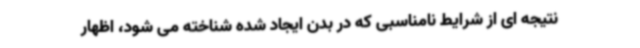
نتیجه ای از شرایط نامناسبی که در بدن ایجاد شده شناخته می شود، اظهار